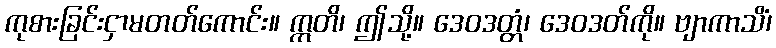
ကုစားခြင်းငှာမတတ်ကောင်း။ ဣတိ၊ ဤသို့။ ဒေဝဒတ္တံ၊ ဒေဝဒတ်ကို။ ဗျာကာသိံ၊